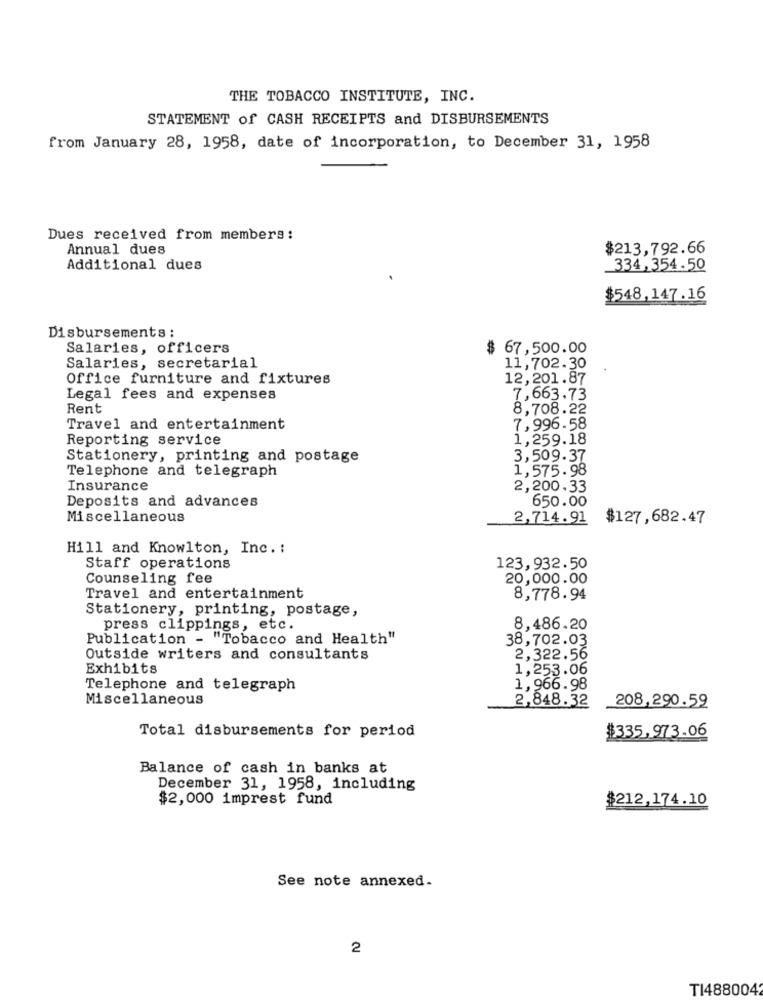
THE TOBACCO INSTITUTE, INC.
STATEMENT of CASH RECEIPTS and DISBURSEMENTS
from January 28, 1958, date of incorporation, to December 31, 1958
Dues received from members:
Annual dues
$213,792.66
Additional dues
334,354.50
$548,147.16
Disbursements :
Salaries, officers
67,500.00
Salaries, secretarial
11,702.30
Office furniture and fixtures
12,201.87
Legal fees and expenses
7,663.73
Rent
8,708.22
Travel and entertainment
7,996.58
Reporting service
1,259.18
Stationery, printing and postage
3,509.37
Telephone and telegraph
1,575.98
Insurance
2,200,33
Deposits and advances
650.00
Miscellaneous
2,714.91
$127,682.47
Hill and Knowlton, Inc. :
Staff operations
123,932.50
Counseling fee
20,000.00
Travel and entertainment
8,778.94
Stationery, printing, postage,
press clippings, etc.
8,486.20
Publication - "Tobacco and Health"
38,702.03
Outside writers and consultants
2,322.56
Exhibits
1,253.06
Telephone and telegraph
1,966.98
Miscellaneous
2,848.32
208,290.59
Total disbursements for period
$335,973.06
Balance of cash in banks at
December 31, 1958, including
$2,000 imprest fund
$212,174.10
See note annexed.
2
TI4880042